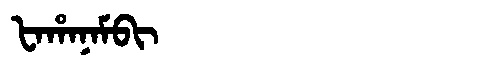
Manchu: ᡶᠠᡥᠠᠨᠠᠮᠪᡳ
Romanization: FAHANAMBI